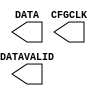
///////////////////////////////////////////////////////////////////////////////
// Copyright (c) 1995/2004 Xilinx, Inc.
// All Right Reserved.
///////////////////////////////////////////////////////////////////////////////
//   ____  ____
//  /   /\/   /
// /___/  \  /    Vendor : Xilinx
// \   \   \/     Version : 10.1
//  \   \         Description : Xilinx Functional Simulation Library Component
//  /   /
// /___/   /\     Filename : USR_ACCESS_VIRTEX5.v
// \   \  /  \    Timestamp : Thu Jul 21 13:42:30 PDT 2005
//  \___\/\___\
//
// Revision:
//    07/21/05 - Initial version.
// End Revision

`timescale 1 ps / 1 ps 

module USR_ACCESS_VIRTEX5 (
        CFGCLK,
	DATA,
	DATAVALID
);

output CFGCLK;
output DATAVALID;
output [31:0] DATA;

specify
	specparam PATHPULSE$ = 0;
endspecify

endmodule